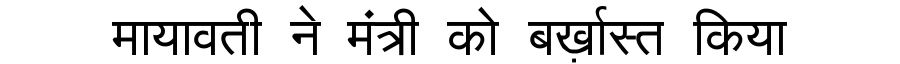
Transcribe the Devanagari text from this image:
मायावती ने मंत्री को बर्ख़ास्त किया